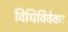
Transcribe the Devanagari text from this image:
विधिविवेकः